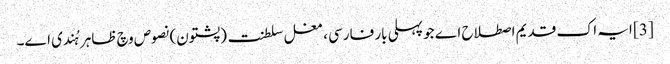
[3] ایہ اک قدیم اصطلاح اے جو پہلی بار فارسی ، مغل سلطنت (پشتون) نصوص وچ ظاہر ہُندی ا‏‏ے۔